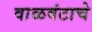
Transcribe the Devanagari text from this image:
वाळवंटाचे